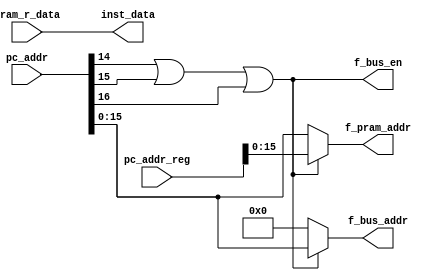
// Company           :   tud                      
//                    			
// Project Name      :   prz    
// Subproject Name   :   main    
// Description       :   Fetching from memory          
//
// Last Change       :   $Date: 2020-11-21 10:20:51 +0100 (Sat, 21 Nov 2020) $
// by                :   $Author: erdi19 $                  			
//------------------------------------------------------------


module fetch_mem_ctrller(
				input [31:0]		pc_addr,    		//PC_next from Branch Unit
				input [31:0]		pc_addr_reg,		//pc_addr from fetcher									
				input [31:0]		pram_r_data, 		//from program memory	
				output reg [15:0] 	f_pram_addr,		//to program memory
				output  		f_bus_en,		//to bus and PRAM
				output reg [15:0]	f_bus_addr,		//to bus
				output [31:0]		inst_data		//to decoder 
			);


	assign f_bus_en	=(pc_addr[14] || pc_addr[15] ||pc_addr[16]); 

	always@ ( * )begin  			
		f_pram_addr   = pc_addr_reg;		
		f_bus_addr    = 16'd0;
		if(!f_bus_en)begin
	 		f_pram_addr   = pc_addr; 
		end
		else begin
		 	f_bus_addr     = pc_addr;		
		end
	end

	assign inst_data =  pram_r_data;

endmodule